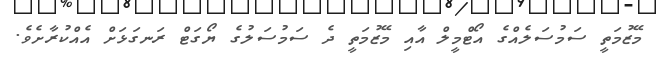
މޭޒުމަތީ ސަމުސަލެއްގެ އޯޓްމީލް އާއި މޭޒުމަތީ ދެ ސަމުސަލުގެ ޔޯގަޓް ރަނގަޅަށް އެއްކުރާށެވެ.